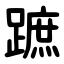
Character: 蹠